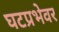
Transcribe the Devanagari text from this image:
घटप्रभेवर